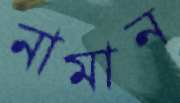
নামান